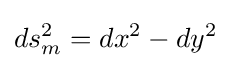
ds_{m}^{2}=dx^{2}-dy^{2}